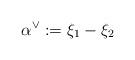
LaTeX: \begin{align*} \alpha^{\vee}:=\xi_1 - \xi_2\end{align*}